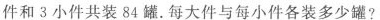
件和3小件共装84罐。每大件与每小件各装多少罐?